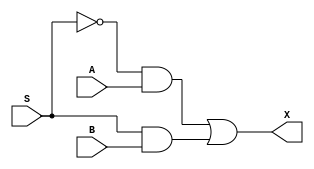
module multiplex2( A, B, S, X);
 
	input wire A, B; 
	input wire S; 
	output wire X; 
	wire S0_inv, a1, b1;
	 
	not u1( S0_inv, S );
	and u2( a1, S0_inv, A );
	and u3( b1, S, B );
	or  u4( X, a1, b1 );
	 
endmodule